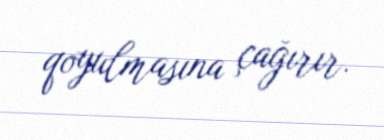
qoyulmasına çağırır.